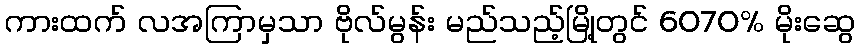
ကားထက် လအကြာမှသာ ဗိုလ်မွန်း မည်သည့်မြို့တွင် 6070% မိုးဆွေ